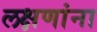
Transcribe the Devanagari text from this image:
लक्षणांना